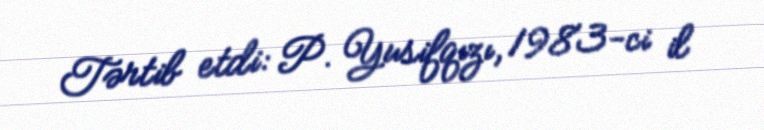
Tərtib etdi: P. Yusifqızı, 1983-ci il